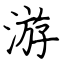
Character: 游